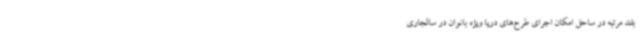
بلند مرتبه در ساحل امکان اجرای طرح‌های دریا ویژه بانوان در سالجاری